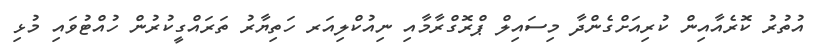
އުތުރު ކޮރެއާއިން ކުރިއަށްގެންދާ މިސައިލް ޕްރޮގްރާމާއި ނިއުކްލިއަރ ހަތިޔާރު ތަރައްގީކުރުން ހުއްޓުވައި މުޅި